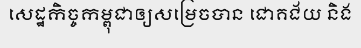
សេដ្ឋកិច្ចកម្ពុជាឲ្យសម្រេចបាន ជោគជ័យ និង